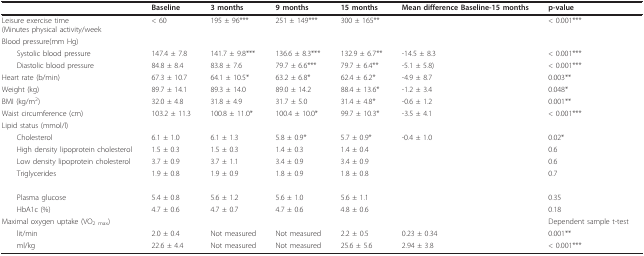
<table><thead><tr><td></td><td><b>Baseline</b></td><td><b>3 months</b></td><td><b>9 months</b></td><td><b>15 months</b></td><td><b>Mean difference Baseline-15 months</b></td><td><b>p-value</b></td></tr></thead><tbody><tr><td>Leisure exercise time(Minutes physical activity/week</td><td>&lt; 60</td><td>195 ± 96***</td><td>251 ± 149***</td><td>300 ± 165**</td><td></td><td>&lt; 0.001***</td></tr><tr><td>Blood pressure(mm Hg)</td><td></td><td></td><td></td><td></td><td></td><td></td></tr><tr><td> Systolic blood pressure</td><td>147.4 ± 7.8</td><td>141.7 ± 9.8***</td><td>136.6 ± 8.3***</td><td>132.9 ± 6.7**</td><td>-14.5 ± 8.3</td><td>&lt; 0.001***</td></tr><tr><td> Diastolic blood pressure</td><td>84.8 ± 8.4</td><td>83.8 ± 7.6</td><td>79.7 ± 6.6***</td><td>79.7 ± 6.4**</td><td>-5.1 ± 5.8)</td><td>&lt; 0.001***</td></tr><tr><td>Heart rate (b/min)</td><td>67.3 ± 10.7</td><td>64.1 ± 10.5*</td><td>63.2 ± 6.8*</td><td>62.4 ± 6.2*</td><td>-4.9 ± 8.7</td><td>0.003**</td></tr><tr><td>Weight (kg)</td><td>89.7 ± 14.1</td><td>89.3 ± 14.0</td><td>89.0 ± 14.2</td><td>88.4 ± 13.6*</td><td>-1.2 ± 3.4</td><td>0.048*</td></tr><tr><td>BMI (kg/m<sup>2</sup>)</td><td>32.0 ± 4.8</td><td>31.8 ± 4.9</td><td>31.7 ± 5.0</td><td>31.4 ± 4.8*</td><td>-0.6 ± 1.2</td><td>0.001**</td></tr><tr><td>Waist circumference (cm)</td><td>103.2 ± 11.3</td><td>100.8 ± 11.0*</td><td>100.4 ± 10.0*</td><td>99.7 ± 10.3*</td><td>-3.5 ± 4.1</td><td>&lt; 0.001***</td></tr><tr><td>Lipid status (mmol/l)</td><td></td><td></td><td></td><td></td><td></td><td></td></tr><tr><td> Cholesterol</td><td>6.1 ± 1.0</td><td>6.1 ± 1.3</td><td>5.8 ± 0.9*</td><td>5.7 ± 0.9*</td><td>-0.4 ± 1.0</td><td>0.02*</td></tr><tr><td> High density lipoprotein cholesterol</td><td>1.5 ± 0.3</td><td>1.5 ± 0.3</td><td>1.4 ± 0.3</td><td>1.4 ± 0.4</td><td></td><td>0.6</td></tr><tr><td> Low density lipoprotein cholesterol</td><td>3.7 ± 0.9</td><td>3.7 ± 1.1</td><td>3.4 ± 0.9</td><td>3.4 ± 0.9</td><td></td><td>0.6</td></tr><tr><td> Triglycerides</td><td>1.9 ± 0.8</td><td>1.9 ± 0.9</td><td>1.8 ± 0.9</td><td>1.8 ± 0.8</td><td></td><td>0.7</td></tr><tr><td> Plasma glucose</td><td>5.4 ± 0.8</td><td>5.6 ± 1.2</td><td>5.6 ± 1.0</td><td>5.6 ± 1.1</td><td></td><td>0.35</td></tr><tr><td> HbA1c (%)</td><td>4.7 ± 0.6</td><td>4.7 ± 0.7</td><td>4.7 ± 0.6</td><td>4.8 ± 0.6</td><td></td><td>0.18</td></tr><tr><td>Maximal oxygen uptake (VO<sub>2 max</sub>)</td><td></td><td></td><td></td><td></td><td></td><td>Dependent sample t-test</td></tr><tr><td> lit/min</td><td>2.0 ± 0.4</td><td>Not measured</td><td>Not measured</td><td>2.2 ± 0.5</td><td>0.23 ± 0.34</td><td>0.001**</td></tr><tr><td> ml/kg</td><td>22.6 ± 4.4</td><td>Not measured</td><td>Not measured</td><td>25.6 ± 5.6</td><td>2.94 ± 3.8</td><td>&lt; 0.001***</td></tr></tbody></table>